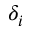
\delta _ { i }